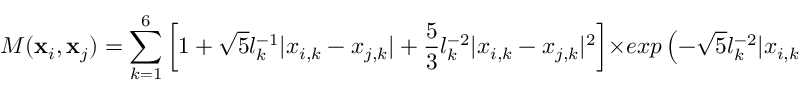
M ( { \bf x } _ { i } , { \bf x } _ { j } ) = \sum _ { { k } = 1 } ^ { 6 } \left[ 1 + \sqrt { 5 } l _ { k } ^ { - 1 } | x _ { i , k } - x _ { j , k } | + \frac { 5 } { 3 } l _ { k } ^ { - 2 } | x _ { i , k } - x _ { j , k } | ^ { 2 } \right] \times e x p \left( - \sqrt { 5 } l _ { k } ^ { - 2 } | x _ { i , k } - x _ { j , k } | ^ { 2 } \right)